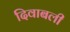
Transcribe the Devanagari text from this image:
दिवाबली